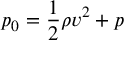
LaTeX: p _ { 0 } = { \frac { 1 } { 2 } } \rho v ^ { 2 } + p